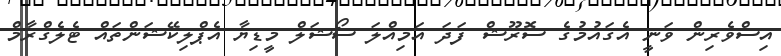
އިސްވެރިން ވަނީ އެގައުމުގެ ސޮރޫޝް ފަދަ އަމިއްލަ ސޯޝަލް މީޑިޔާ އެޕްލިކޭޝަންތައް ޓެލެގްރާމް